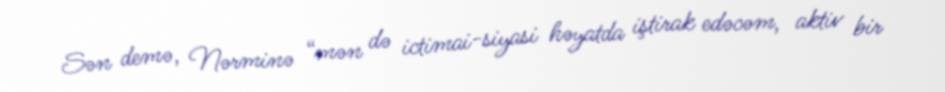
Sən demə, Nərminə “mən də ictimai-siyasi həyatda iştirak edəcəm, aktiv bir